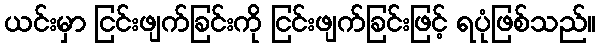
ယင်းမှာ ငြင်းဖျက်ခြင်းကို ငြင်းဖျက်ခြင်းဖြင့် ရပုံဖြစ်သည်။